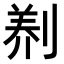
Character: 𭃻